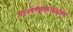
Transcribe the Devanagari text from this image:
मानववंशशास्त्रज्ञाच्या